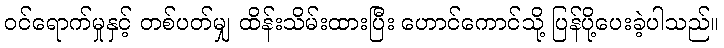
ဝင်ရောက်မှုနှင့် တစ်ပတ်မျှ ထိန်းသိမ်းထားပြီး ဟောင်ကောင်သို့ ပြန်ပို့ပေးခဲ့ပါသည်။